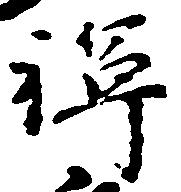
禅